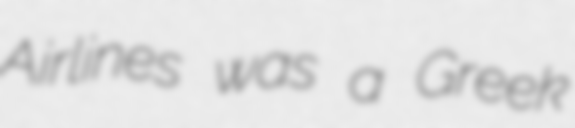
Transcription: Airlines was a Greek